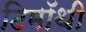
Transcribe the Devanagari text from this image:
टिमॉथी